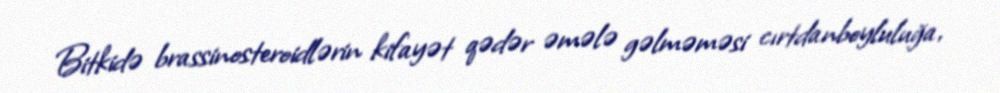
Bitkidə brassinosteroidlərin kifayət qədər əmələ gəlməməsi cırtdanboyluluğa,